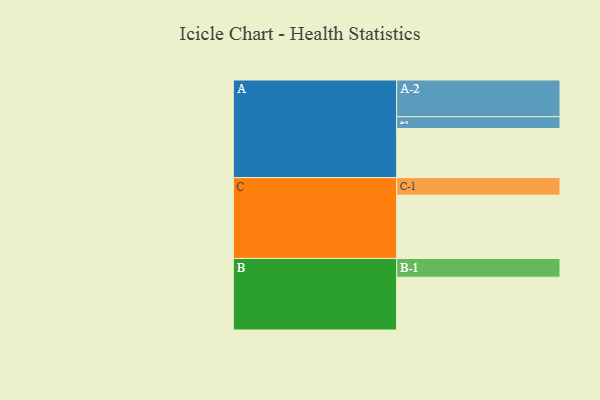
{"axis": {"x": "Segment", "y": "Value"}, "legend": ["", "A", "B", "C"], "data": [{"x": "A", "y": 369, "type": ""}, {"x": "B", "y": 397, "type": ""}, {"x": "C", "y": 476, "type": ""}, {"x": "A-1", "y": 89, "type": "A"}, {"x": "A-2", "y": 276, "type": "A"}, {"x": "B-1", "y": 141, "type": "B"}, {"x": "C-1", "y": 132, "type": "C"}]}